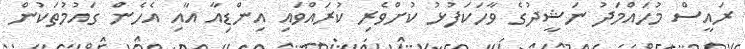
ރައީސް މުހައްމަދު ނަޝީދުގެ ވާހަކަފުޅު ކުށްވެރި ކުރައްވައި އިންޑިއާ އާއި އެހެން ގައުމުތަކުން